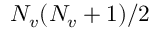
N _ { v } ( N _ { v } + 1 ) / 2